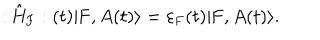
: \hat { \mathrm { H } } _ { \mathrm { F } } : ( t ) | \mathrm { F } , A ( t ) \rangle = { \varepsilon } _ { \mathrm { F } } ( t ) | \mathrm { F } , A ( t ) \rangle .